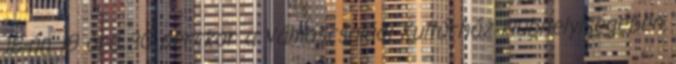
18-án 18 óra 30 perckor a Vámoscsaládi Kultúrház klubhelyiségében